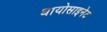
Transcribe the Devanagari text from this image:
थायोसाइनेट